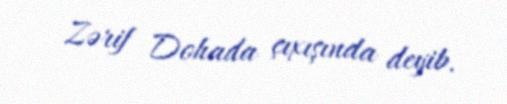
Zərif Dohada çıxışında deyib.